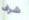
شرف